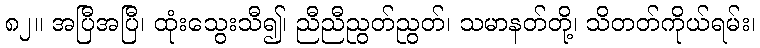
၈၂။ အပြီအပြီ၊ ထုံးသွေးသီ၍၊ ညီညီညွတ်ညွတ်၊ သမာနတ်တို့၊ သိတတ်ကိုယ်ရမ်း၊